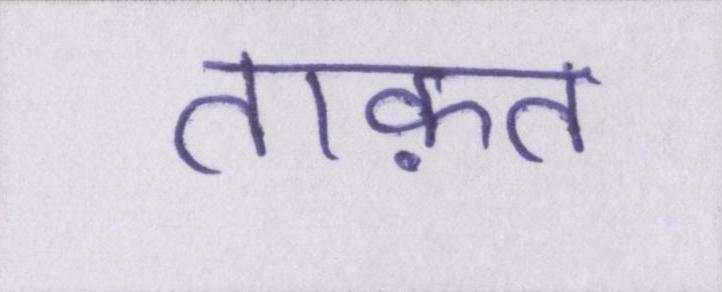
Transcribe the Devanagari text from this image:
ताक़त